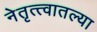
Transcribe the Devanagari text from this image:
नेतृत्त्वातल्या